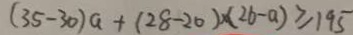
( 3 5 - 3 0 ) a + ( 2 8 - 2 0 ) \times ( 2 6 - a ) \geq 1 9 5